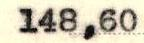
148,60